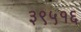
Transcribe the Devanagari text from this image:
३९५१६